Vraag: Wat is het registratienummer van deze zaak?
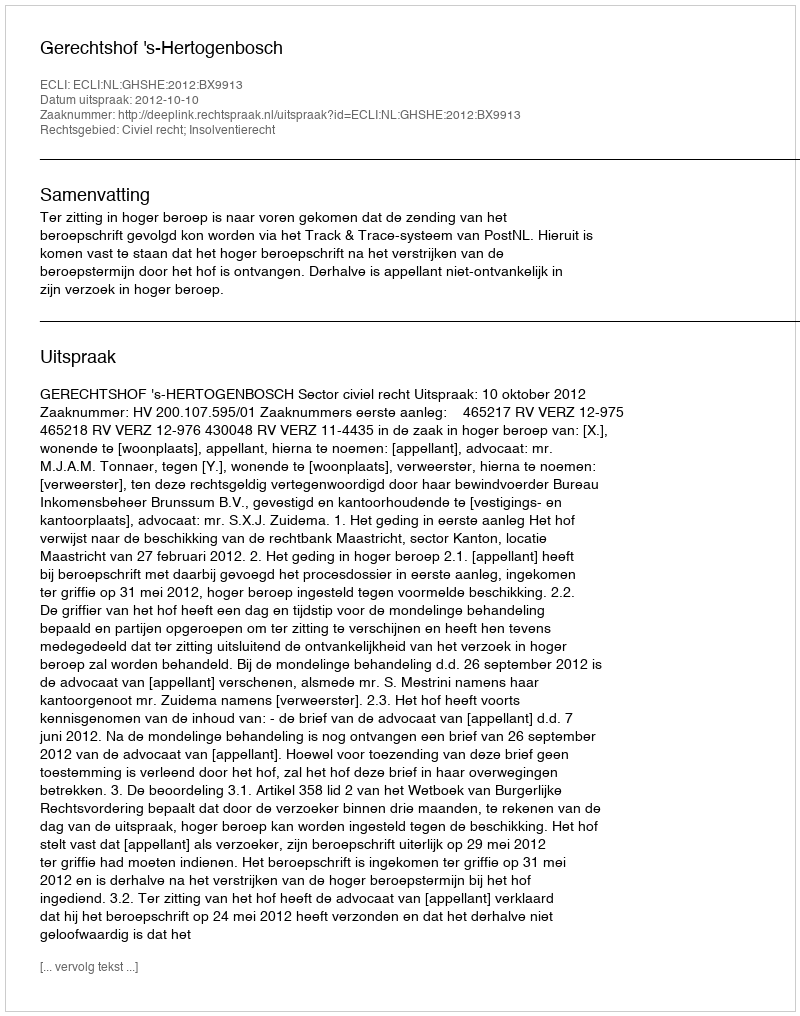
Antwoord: http://deeplink.rechtspraak.nl/uitspraak?id=ECLI:NL:GHSHE:2012:BX9913